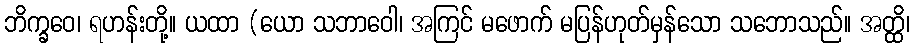
ဘိက္ခဝေ၊ ရဟန်းတို့။ ယထာ (ယော သဘာဝေါ၊ အကြင် မဖောက် မပြန်ဟုတ်မှန်သော သဘောသည်။ အတ္ထိ၊